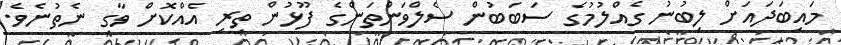
މައިބަދައަށް ލިބުނު ގެއްލުމުގެ ސަބަބުން ސެލްވަންތަންގެ ފޫޅުން ތިރި އެއްކޮށް ވާގި ނެތުނެވެ.